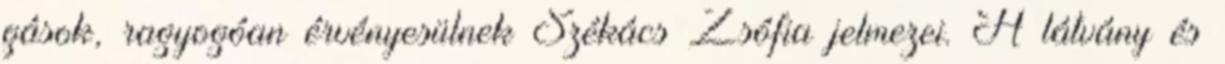
gások, ragyogóan érvényesülnek Székács Zsófia jelmezei. A látvány és